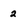
Character: 2